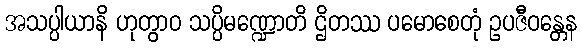
အသပ္ပါယာနိ ဟုတွာဝ သပ္ပိမဏ္ဍောတိ ဌိတဿ ပမောစေတုံ ဥပဇီဝန္တေန